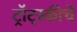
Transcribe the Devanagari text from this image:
ट्रॉट्स्कीचे